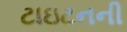
ટાઇટનની